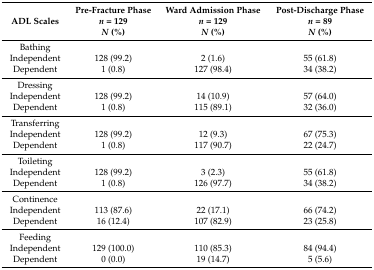
<table><thead><tr><td><b>ADL Scales</b></td><td><b>Pre-Fracture Phase <i>n</i> = 129 <i>N</i> (%)</b></td><td><b>Ward Admission Phase <i>n</i> = 129 <i>N</i> (%)</b></td><td><b>Post-Discharge Phase <i>n</i> = 89 <i>N</i> (%)</b></td></tr></thead><tbody><tr><td>Bathing</td><td></td><td></td><td></td></tr><tr><td>Independent</td><td>128 (99.2)</td><td>2 (1.6)</td><td>55 (61.8)</td></tr><tr><td>Dependent</td><td>1 (0.8)</td><td>127 (98.4)</td><td>34 (38.2)</td></tr><tr><td>Dressing</td><td></td><td></td><td></td></tr><tr><td>Independent</td><td>128 (99.2)</td><td>14 (10.9)</td><td>57 (64.0)</td></tr><tr><td>Dependent</td><td>1 (0.8)</td><td>115 (89.1)</td><td>32 (36.0)</td></tr><tr><td>Transferring</td><td></td><td></td><td></td></tr><tr><td>Independent</td><td>128 (99.2)</td><td>12 (9.3)</td><td>67 (75.3)</td></tr><tr><td>Dependent</td><td>1 (0.8)</td><td>117 (90.7)</td><td>22 (24.7)</td></tr><tr><td>Toileting</td><td></td><td></td><td></td></tr><tr><td>Independent</td><td>128 (99.2)</td><td>3 (2.3)</td><td>55 (61.8)</td></tr><tr><td>Dependent</td><td>1 (0.8)</td><td>126 (97.7)</td><td>34 (38.2)</td></tr><tr><td>Continence</td><td></td><td></td><td></td></tr><tr><td>Independent</td><td>113 (87.6)</td><td>22 (17.1)</td><td>66 (74.2)</td></tr><tr><td>Dependent</td><td>16 (12.4)</td><td>107 (82.9)</td><td>23 (25.8)</td></tr><tr><td>Feeding</td><td></td><td></td><td></td></tr><tr><td>Independent</td><td>129 (100.0)</td><td>110 (85.3)</td><td>84 (94.4)</td></tr><tr><td>Dependent</td><td>0 (0.0)</td><td>19 (14.7)</td><td>5 (5.6)</td></tr></tbody></table>